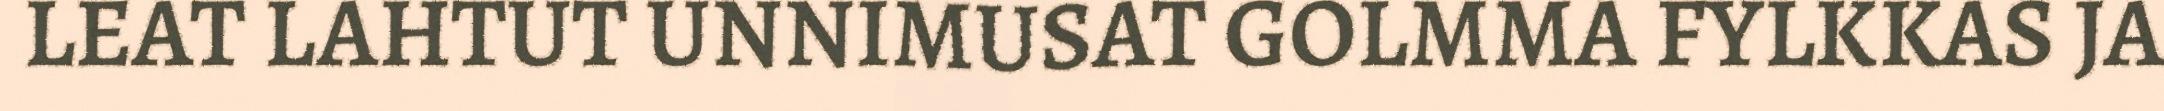
LEAT LAHTUT UNNIMUSAT GOLMMA FYLKKAS JA